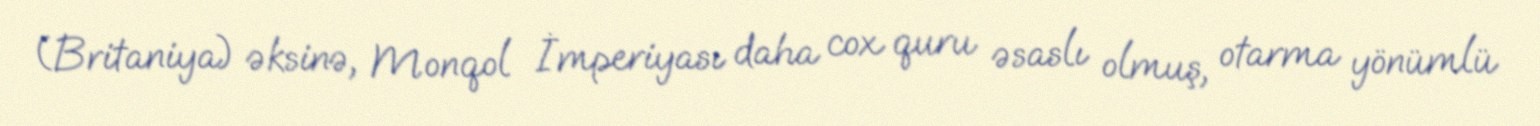
(Britaniya) əksinə, Monqol İmperiyası daha cox quru əsaslı olmuş, otarma yönümlü